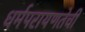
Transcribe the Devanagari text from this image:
धर्मपरायणतेची